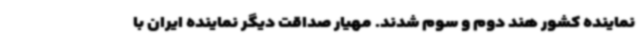
نماینده کشور هند دوم و سوم شدند. مهیار صداقت دیگر نماینده ایران با